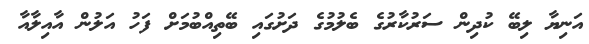
އަނިޔާ ލިބޭ ކުދިން ސަރުކާރުގެ ބެލުމުގެ ދަށުގައި ބޭތިއްބުމަށް ފަހު އަލުން އާއިލާއާ